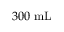
3 0 0 ~ \mathrm { m L }